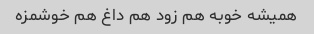
همیشه خوبه هم زود هم داغ هم خوشمزه